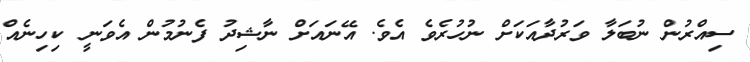
ސިއްރުން ނުބަލާ ވަރުދާއަކަށް ނުހުރެވެ އެވެ. އޭނައަށް ނާޝިދު ފެނުމުން އެވަނީ ކިހިނެއް